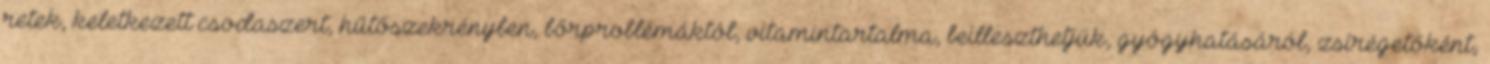
retek, keletkezett csodaszert, hűtőszekrényben, bőrproblémáktól, vitamintartalma, beilleszthetjük, gyógyhatásáról, zsírégetőként,